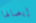
إيصالها